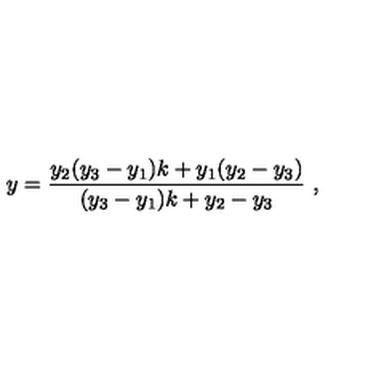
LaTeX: y = \frac { y _ { 2 } ( y _ { 3 } - y _ { 1 } ) k + y _ { 1 } ( y _ { 2 } - y _ { 3 } ) } { ( y _ { 3 } - y _ { 1 } ) k + y _ { 2 } - y _ { 3 } } \ ,